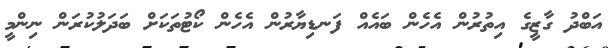
އަބްދު ގާޒީގެ އިތުރުން އެހެން ބައެއް ފަނޑިޔާރުން އެހެން ކޯޓުތަކަށް ބަދަލުކުރަން ނިންމީ